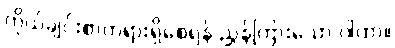
ကိုယ်ချင်းစာတရားရှိစေရန် ညွှန်ကြားသော ဂါထာ။